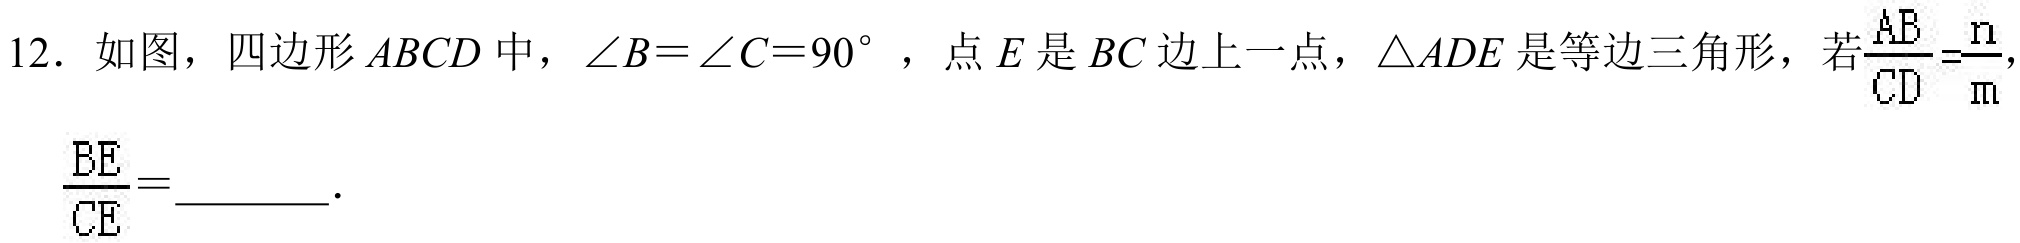
12. 如图，四边形\(ABCD\)中，\(\angle B=\angle C = 90^{\circ}\)，点\(E\)是\(BC\)边上一点，\(\triangle ADE\)是等边三角形，若\(\frac{AB}{CD}=\frac{n}{m}\)，
\(\frac{BE}{CE}=\underline{\qquad}\).